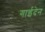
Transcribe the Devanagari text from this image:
गाईदेन